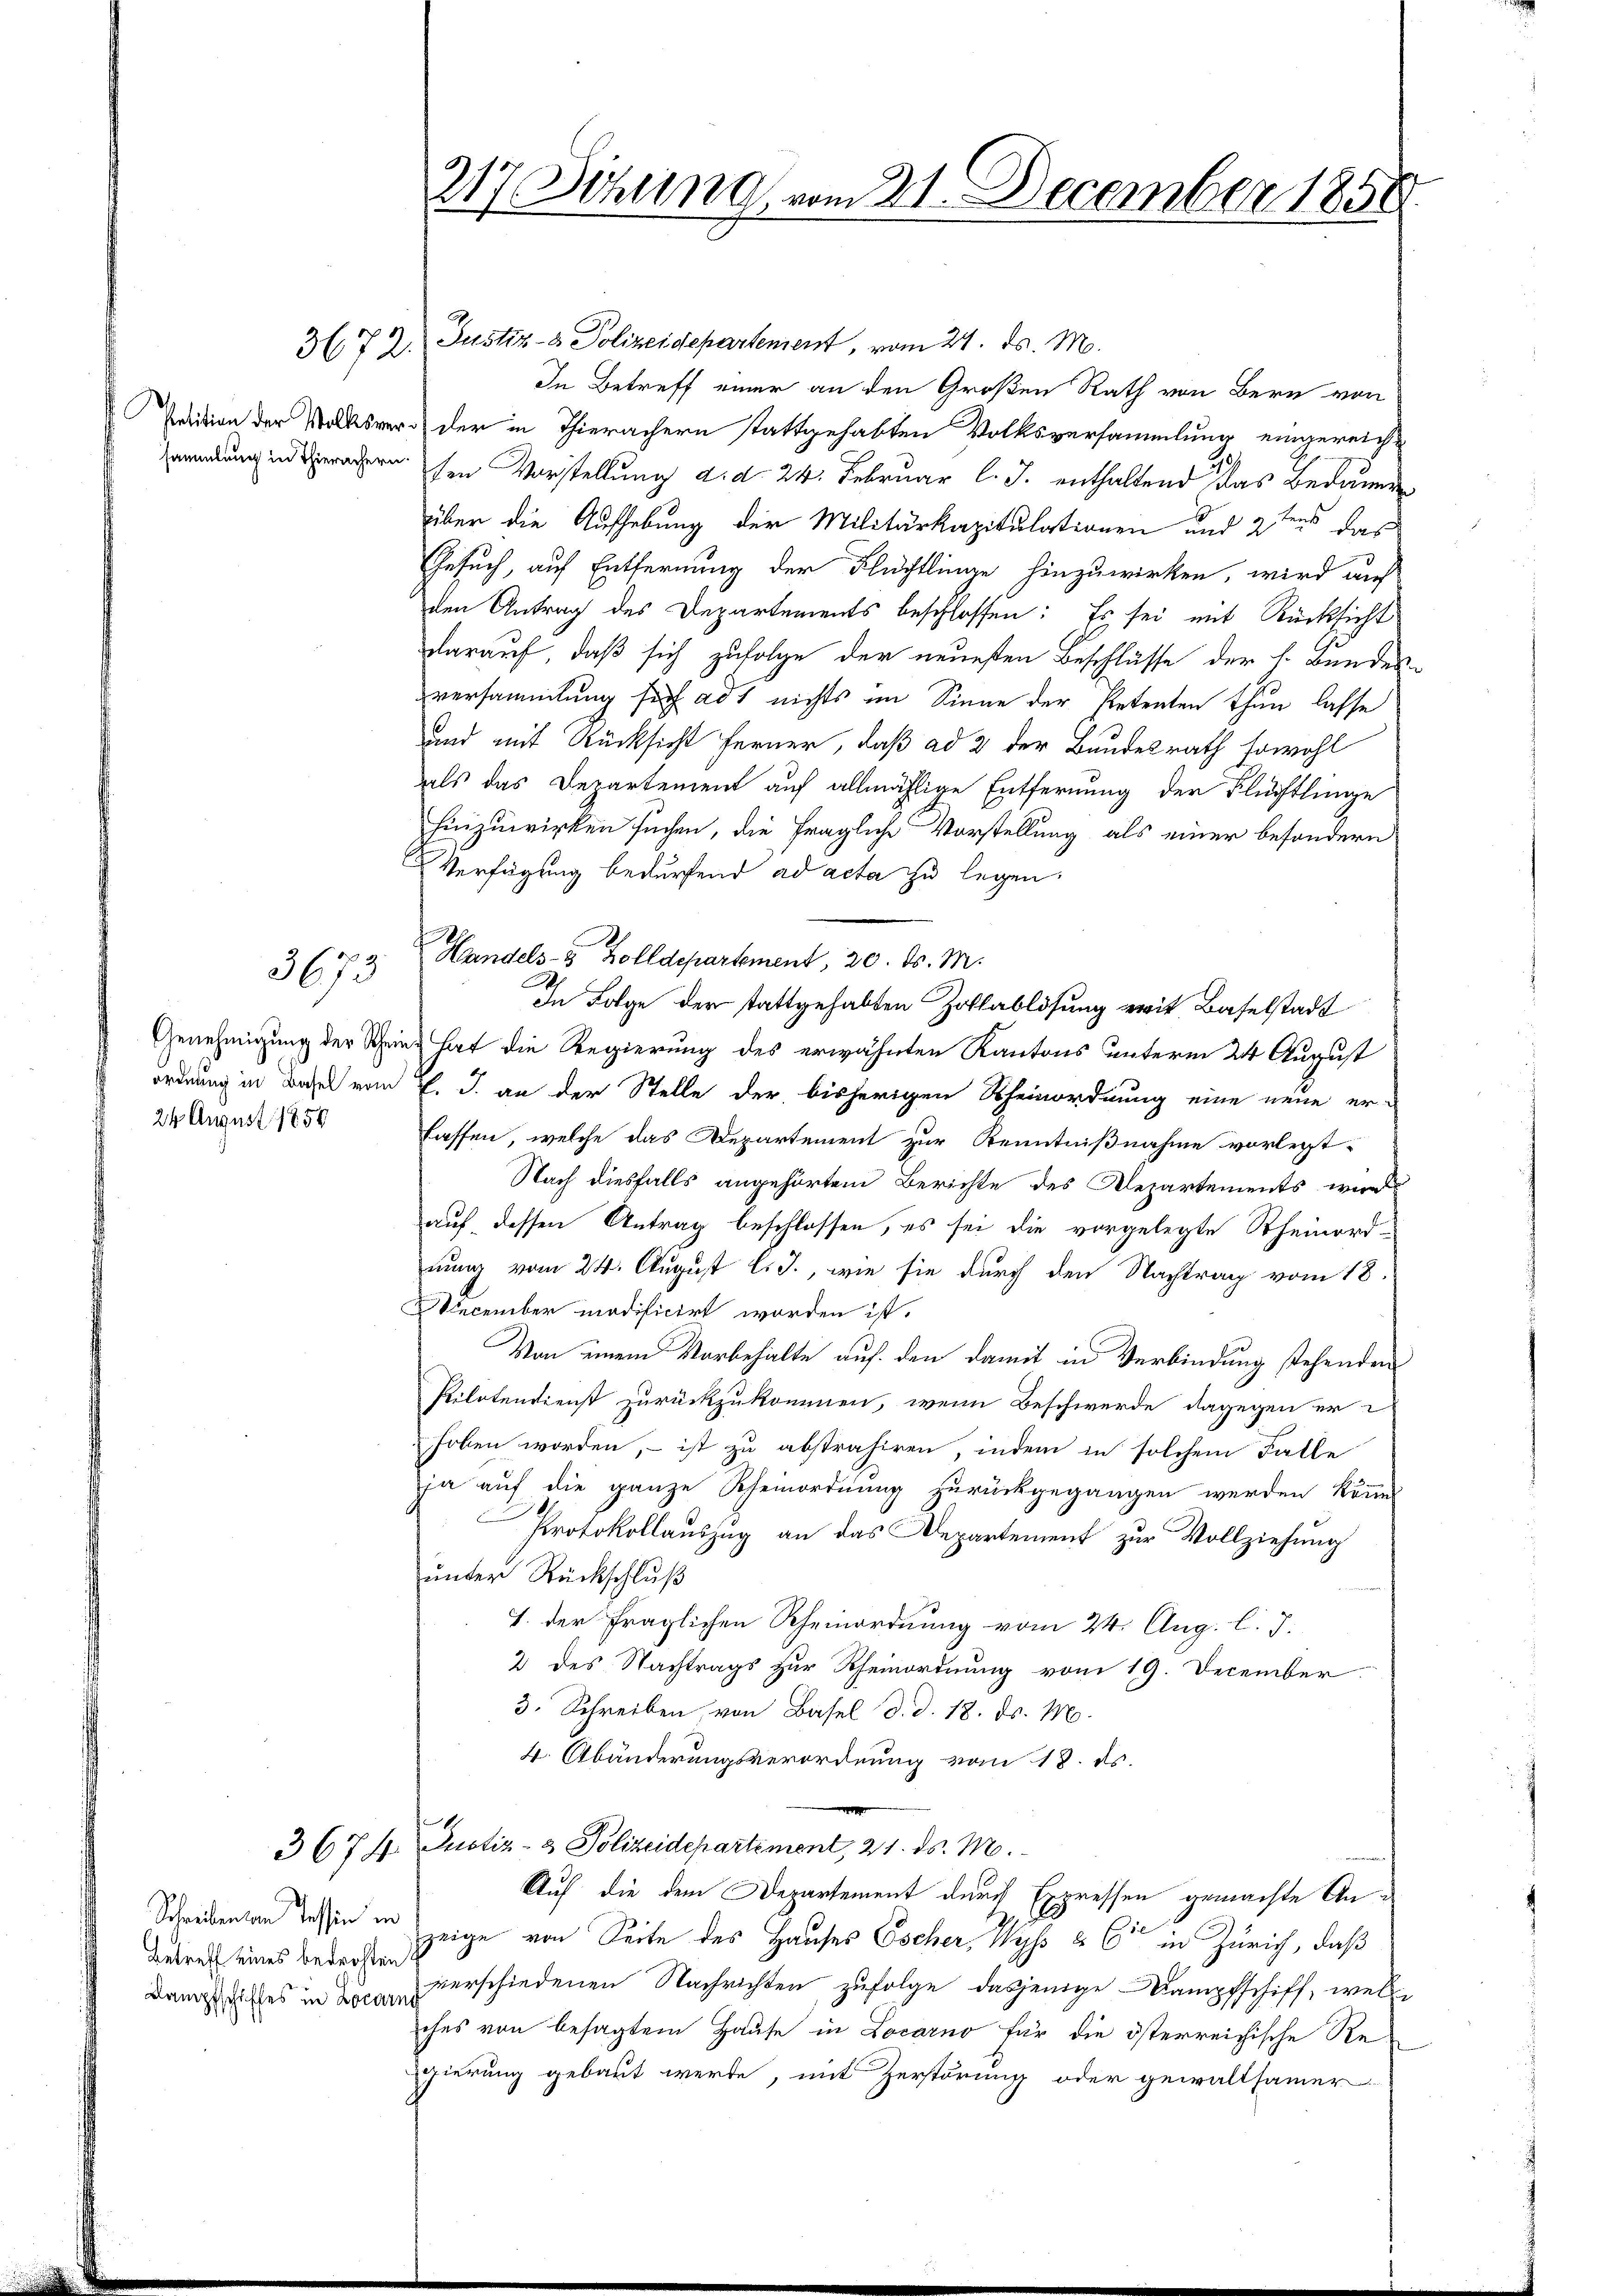
3672.

3673

ordnung in Basel vom
24 August 1850

Betreff eines bedrohten

217 Döhling vom 21. December 1858

Justiz- & Polizeidepartement, vom 21. d. M.
In Betreff einer an den Großen Rath von Bern von
Prition der Volksvers der in Thierachern stattgehabten Volksversammlung eingereich¬
Gründung in geradern sen Vorstellung d. d. 24. Februar l. J. enthaltend das Bedaue
über die Aufhebung der Militärkapitulationen und 2tens das
Gesuch, auf Entfernung der Flüchtlinge hinzuwirken, wird auf
den Antrag des Departements beschlossen: Es sei mit Rücksicht
darauf, daß sich zufolge der neuesten Beschlüsse der h. Bundes-
versammlung sich ad 1 nichts im Sinne der Petenten thun lasse
und mit Rücksicht ferner, daß ad 2 der Bundesrath sowohl
als das Departement auf allmählige Entfernung der Flüchtlinge
hinzuwirken suchen, die fragliche Vorstellung als einer besondern
Verfügung bedürfend ad acta zu legen.
Handels- & Zolldepartement, 20. d. M.
In Folge der stattgehabten Zollablösung erit, Baselstadt
Genehmigung der Scheine hat die Regierung des erwähnten Kantons unterm 24 August
E. J. an der Stelle der bisherigen Rheinordnung eine neue er-
lassen, welche das Departement zur Kenntnißnahme vorlegt
Nach diesfalls angehörtem Berichte des Departements wird
auf, dessen Antrag beschlossen, es sei die vorgelegte Rheinord-
nung vom 24. August l. J., wie sie durch den Nachtrag vom 18.
DDecember modificirt worden ist.
Von einem Vorbehalte auf den damit in Verbindung stehenden
Pilotendienst zurückzukommen, wenn Beschwerde dagegen er-
hoben worden, – ist zu abstrahiren, indem in solchem Falle
ja auf die ganze Rheinordnung zurückgegangen werden könnt
Protokollauszug an das Departement zur Vollziehung
unter Rückschluß
1. der fraglichen Rheinordnung vom 24. Aug. l. J.
2 des Nachtrags zur Rheinordnung vom 19. December.
3. Schreiben, von Basel d. d. 18. ds. M.
4. Abänderungsverordnung vom 18. ds.
3674. Justiz- & Polizeidepartement, 21. ds. M.
Auf die dem Departement durch Expressen gemachte Ans
Schreibenten dessen in zeige von Seite des Hauses Escher, Wyss & Cie in Zürich, daß
Danteiltes in verschiedenen Nachrichten zufolge, dasjenige Kampfschiff, welche
ches von besagtem Hause in Locarno für die österreichische Re-
gierung gebaut werde, mit Zerstörung oder gewaltsamer